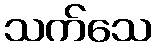
သက်သေ